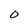
Character: O